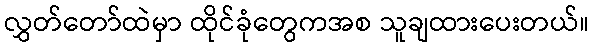
လွှတ်တော်ထဲမှာ ထိုင်ခုံတွေကအစ သူချထားပေးတယ်။